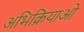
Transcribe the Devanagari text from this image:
अभिक्रियाओ